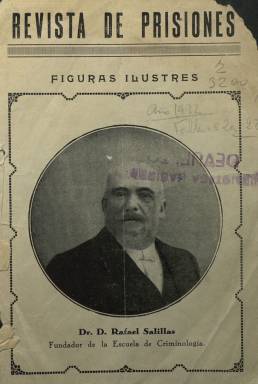
Título: Revista de prisiones
Colección: Establecimientos penitenciarios
Ámbito geográfico: Madrid
Lugar de publicación: Madrid
Fechas: 10/02/1932-25/12/1933

Esta publicación editada por funcionarios de prisiones de España en los años de la II República tiene una importancia que va más allá de su naturaleza como órgano de defensa de los intereses de un cuerpo de funcionarios del Estado, dado que refleja un periodo convulso de la historia, en particular la vida dentro de las cárceles, y es un documento que sirve como fuente primaria para el estudio de esos años cruciales.

  La revista comenzó a editarse el 10 de febrero de 1932, cuando todavía figuraba como directora general de Prisiones Victoria Kent, una de las tres primeras diputadas en la primera legislatura de la II República, que fue nombrada para ese cargo nada más inaugurarse el nuevo régimen en abril de 1931. Kent, que hizo una gestión tendente a humanizar la situación en las prisiones, dimitió en junio de 1932 tras la campaña de una parte de la prensa desatada contra ella por el caos que se registraba en las cárceles, con frecuentes motines y fugas de reclusos, sobre todo una evasión masiva del penal del Puerto de Santa María.

 La colección de esta publicación en la Biblioteca Nacional está incompleta y faltan desde el número 2 hasta el 22, ambos incluidos, números gran parte de ellos correspondientes a la polémica por la gestión de Victoria Kent. Se publicaba quincenalmente, aunque con irregularidades, y él último número que posee la BNE, el 58, corresponde al 25 de diciembre de 1933. Se desconoce si se editó alguno más.

  El número con menos páginas tenía 16 y el que más, 28. La revista carecía de ilustraciones y apenas contaba con publicidad, financiándose con las suscripciones de los funcionarios de prisiones, a los que iba dirigida. Ofrecía información de interés profesional y económico: sueldos, excedencias, jubilaciones, permisos, traslados, sanciones, etc. referentes a todas las prisiones de España, e incluía además páginas con noticias referentes a nuevas normas y reglamentos aprobados por el Gobierno.

  Pero con todo, la información más relevante era la referida a la situación generalizada de indisciplina en las cárceles. En el número 1 de la revista, su director, Primitivo Requena, que había dimitido como subdirector de la cárcel modelo de Madrid, escribió un artículo describiendo la situación de ‘absoluta rebeldía en que se encontraba la población reclusa’.

  Requena hacía un pormenorizado relato de las agresiones que sufrían a diario los funcionarios y se refería al trato de favor de que gozaba por parte de la dirección un dirigente comunista y los presos de esta afiliación política, responsables en muchas ocasiones de los alborotos en el centro.

  Esta denuncia del director de la revista debía ser cierta porque la propia Kent, al presentar su dimisión y defender públicamente su gestión, señaló que era necesario reformar el cuerpo de funcionarios de prisiones, con una parte del cual estaba enfrentada, pero dejó ver que el problema dentro de las cárceles era más de índole político que de delincuencia común.

  Las palabras de Kent eran las siguientes: ‘Quedan las cárceles dobladas en su población reclusa, en relación a la cabida posible, por elementos sindicalistas, comunistas y anarquistas, elementos rebeldes a los poderes constituidos, que rechazan todo régimen penitenciario. No se encuentra ni en las teorías clásicas, ni en las modernas corrientes penitenciarias, ni en práctica alguna de esta naturaleza, fórmula posible para la corrección de estos elementos, porque nada tienen que corregir en el orden penal. El Gobierno verá si procede adoptar otras medidas respecto a esta situación’.

    La Revista de Prisiones fue muy crítica, incluso después de su dimisión, con Victoria Kent quien, como directora general, había dejado iniciada la construcción de la nueva cárcel de mujeres de Madrid con el fin de dar un trato más humano a las reclusas, con más prestaciones y servicios.

   En el último número de la publicación, la del 25 de diciembre de 1933, ésta se hace eco de la noticia de la inundación de la nueva cárcel de mujeres, que ya estaba en funcionamiento, por la rotura de una tubería.

   La revista no puede ser más irónica en sus comentarios: ‘Se atribuye oficialmente lo ocurrido a que se heló el agua de las cañerías debido a la baja temperatura reinante. Nosotros destacamos el hecho extraño de que en ningún otro edificio, oficial o particular, nuevo o viejo de la capital, se haya producido un accidente de tal clase. Dijimos en ocasión oportuna que en el nuevo edificio carcelario, con características muy acentuadas de hotel, habría de suceder exactamente lo mismo que en otros de reciente construcción’.

[Descripción publicada el 17/08/2022]